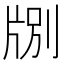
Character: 𪺤